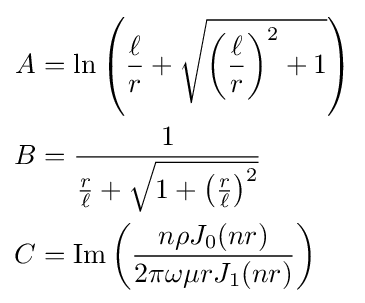
{\begin{aligned}A&=\ln \left({\frac {\ell }{r}}+{\sqrt {\left({\frac {\ell }{r}}\right)^{2}+1}}\right)\\B&={\frac {1}{{\frac {r}{\ell }}+{\sqrt {1+\left({\frac {r}{\ell }}\right)^{2}}}}}\\C&={\text{Im}}\left({\frac {n\rho J_{0}(nr)}{2\pi \omega \mu rJ_{1}(nr)}}\right)\end{aligned}}